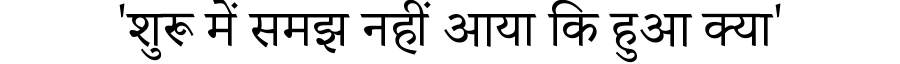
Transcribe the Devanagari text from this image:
'शुरू में समझ नहीं आया कि हुआ क्या'